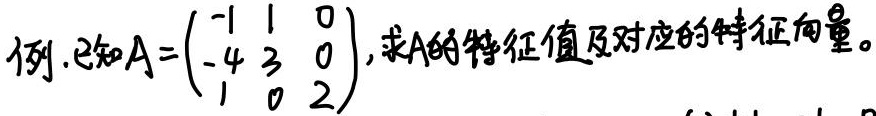
例.已知\(A=\begin{pmatrix}
-1 & 1 & 0 \\
-4 & 3 & 0 \\
1 & 0 & 2
\end{pmatrix}\)，求\(A\)的特征值及对应的特征向量。